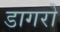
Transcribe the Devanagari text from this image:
डागरो